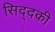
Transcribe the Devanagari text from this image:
सिद्दकी